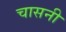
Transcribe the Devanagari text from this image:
चासनी